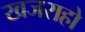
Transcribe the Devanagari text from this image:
खजराहो